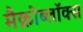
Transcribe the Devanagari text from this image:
मैक्रोब्लॉक्स